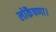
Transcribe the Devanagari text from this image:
लोकैषणा।